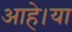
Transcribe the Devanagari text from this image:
आहे।या